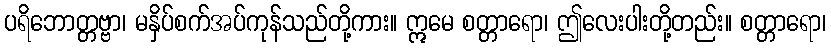
ပရိဘောတ္တဗ္ဗာ၊ မနှိပ်စက်အပ်ကုန်သည်တို့ကား။ ဣမေ စတ္တာရော၊ ဤလေးပါးတို့တည်း။ စတ္တာရော၊